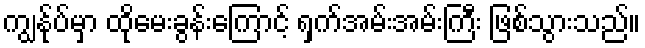
ကျွန်ုပ်မှာ ထိုမေးခွန်းကြောင့် ရှက်အမ်းအမ်းကြီး ဖြစ်သွားသည်။